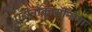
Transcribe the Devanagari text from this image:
एडीनोकार्सीनोमा